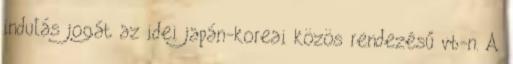
indulás jogát az idei japán-koreai közös rendezésű vb-n. A